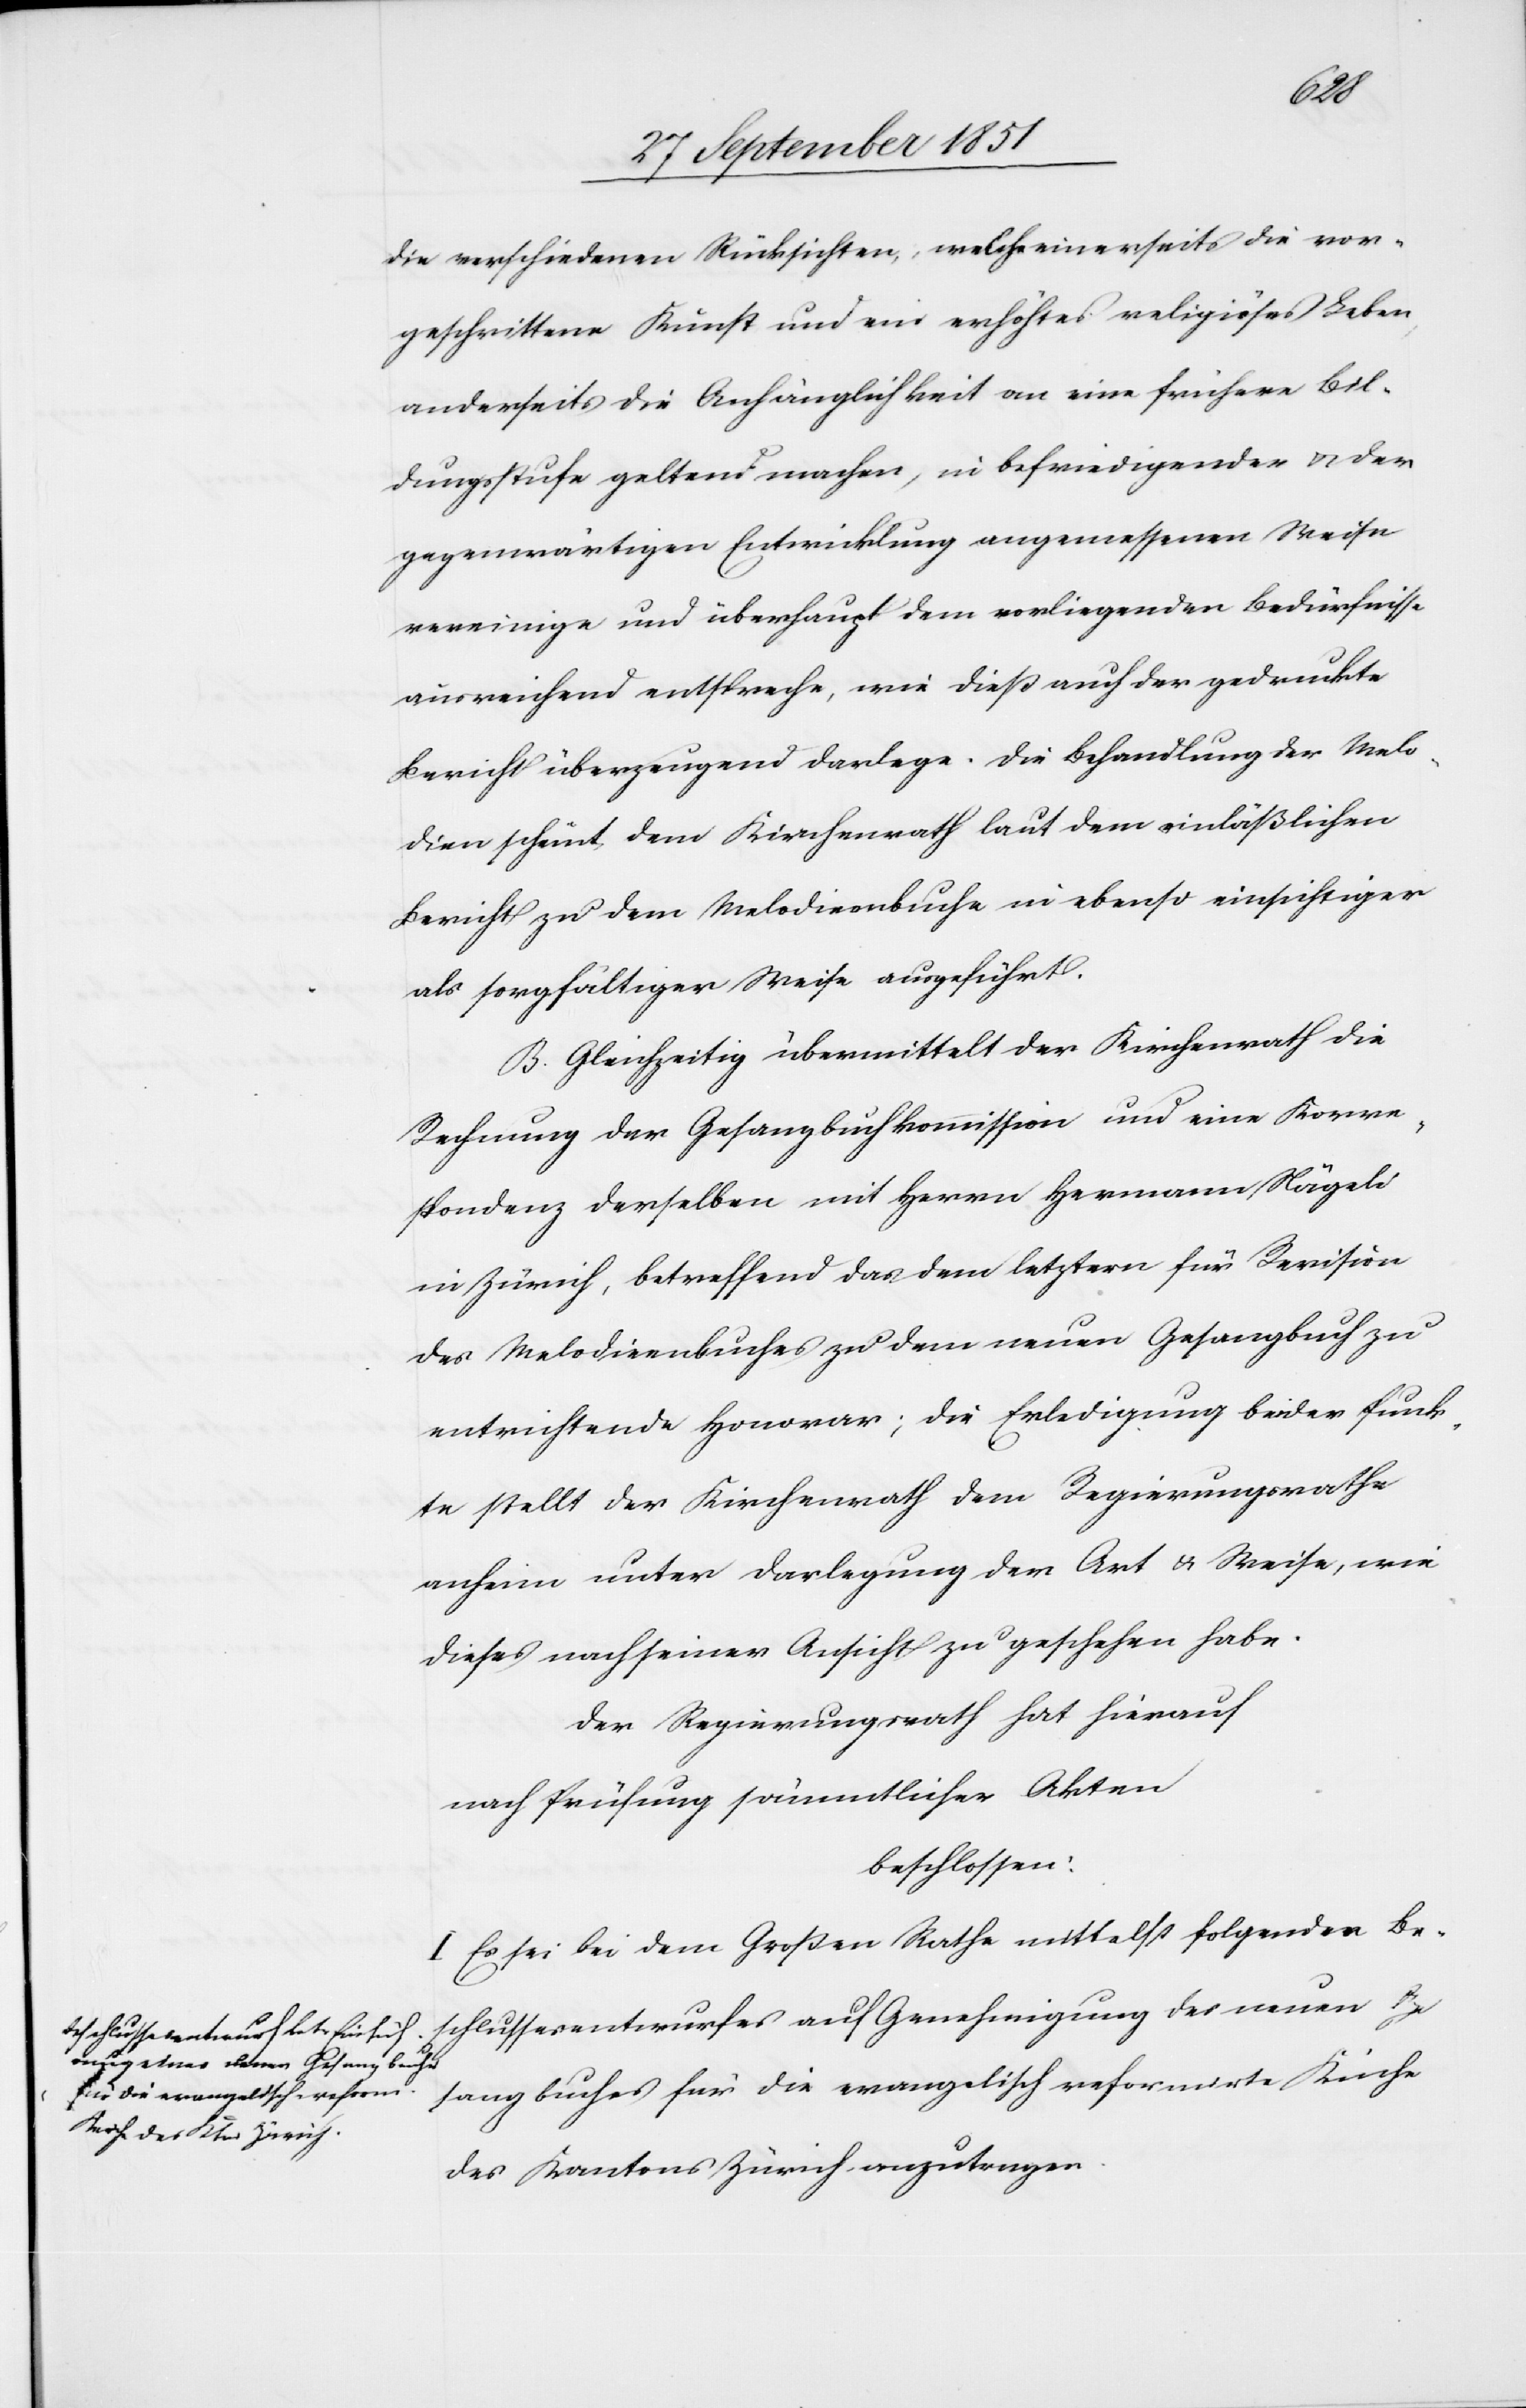
die verschiedenen Rücksichten, welche einerseits die vor¬
geschrittene Kunst und ein erhöhtes religiöses Leben,
anderseits die Anhänglichkeit an eine frühere Bil¬
dungsstufe geltend machen, in befriedigender & der
gegenwärtigen Entwicklung angemessenen Weise
vereinige und überhaupt dem vorliegenden Bedürfnisse
ausreichend entspreche, wie dieß auch der gedruckte
Bericht überzeugend darlege. Die Behandlung der Melo¬
dien scheint dem Kirchenrath laut dem einläßlichen
Bericht zu dem Melodienbuche in ebenso einsichtiger
als sorgfältiger Weise ausgeführt.
B. Gleichzeitig übermittelt der Kirchenrath die
Rechnung der Gesangbuchkommission und eine Korre¬
spondenz derselben mit Herrn Hermann Nägeli
in Zürich, betreffend das dem letztern für Revision
des Melodienbuches zu dem neuen Gesangbuch zu
entrichtende Honorar; die Erledigung beider Punk¬
te stellt der Kirchenrath dem Regierungsrathe
anheim unter Darlegung der Art & Weise, wie
dieses nach seiner Ansicht zu geschehen habe.
Der Regierungsrath hat hierauf
nach Prüfung sämmtlicher Akten
beschlossen:
I. Es sei bei dem Großen Rathe mittelst folgenden Be-
schlussesentwurfes auf Genehmigung des neuen Ge¬
sangbuches für die evangelisch reformirte Kirche
des Kantons Zürich anzutragen.